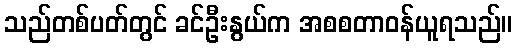
သည်တစ်ပတ်တွင် ခင်ဦးနွယ်က အစစတာဝန်ယူရသည်။